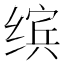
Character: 缤